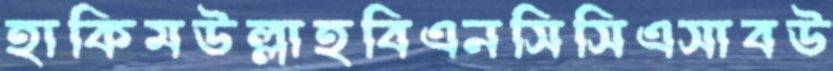
হাকিমউল্লাহবিএনসিসিএসাবউ